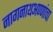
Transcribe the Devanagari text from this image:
नागनाथअण्णांचा